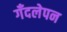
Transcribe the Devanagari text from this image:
गँदलेपन